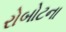
રોબોટના